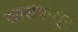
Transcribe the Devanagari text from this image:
स्तरांपासून